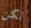
لكن